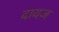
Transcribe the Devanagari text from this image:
दायज